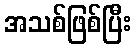
အသစ်ဖြစ်ပြီး